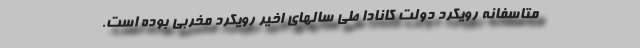
متاسفانه رویکرد دولت کانادا طی سالهای اخیر رویکرد مخربی بوده است.